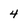
Character: 4